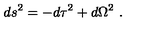
d s ^ { 2 } = - d \tau ^ { 2 } + d \Omega ^ { 2 } \ .